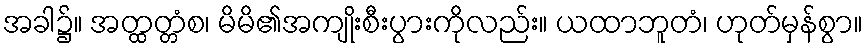
အခါ၌။ အတ္ထတ္တံစ၊ မိမိ၏အကျိုးစီးပွားကိုလည်း။ ယထာဘူတံ၊ ဟုတ်မှန်စွာ။